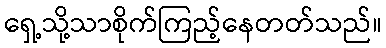
ရှေ့သို့သာစိုက်ကြည့်နေတတ်သည်။